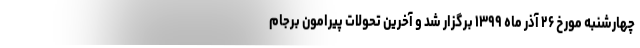
چهارشنبه مورخ ۲۶ آذر ماه ۱۳۹۹ برگزار شد و آخرین تحولات پیرامون برجام